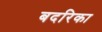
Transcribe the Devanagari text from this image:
बदरिका